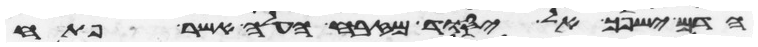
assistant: הדם ישפך אל יסוד מזבח העלה אשר פתח